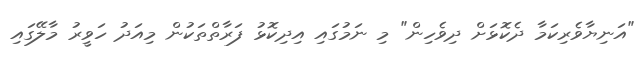
"އަނިޔާވެރިކަމާ ދެކޮޅަށް ދިވެހިން" މި ނަމުގައި އިދިކޮޅު ފަރާތްތަކުން މިއަދު ހަވީރު މާލޭގައި